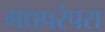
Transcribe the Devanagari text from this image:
गद्यपरंपरा